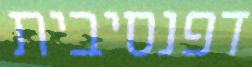
דפנסיבית